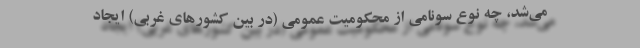
می‌شد، چه نوع سونامی از محکومیت عمومی (در بین کشورهای غربی) ایجاد